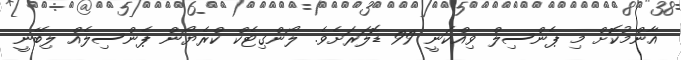
އާންމުކޮށް މި ޕެންސިލް ވިއްކަނީ 99 ޑޮލަރަށެވެ. ލޯންގިޓެކް ކްރެޔޯން ޕެންސިލެއް ލިބޭނީ